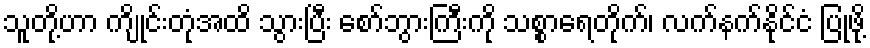
သူတို့ဟာ ကျိုင်းတုံအထိ သွားပြီး စော်ဘွားကြီးကို သစ္စာရေတိုက်၊ လက်နက်နိုင်ငံ ပြုဖို့